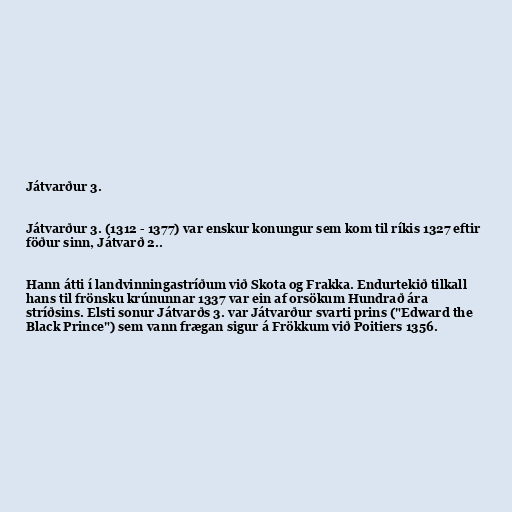
Játvarður 3.

Játvarður 3. (1312 - 1377) var enskur konungur sem kom til ríkis 1327 eftir
föður sinn, Játvarð 2..

Hann átti í landvinningastríðum við Skota og Frakka. Endurtekið tilkall
hans til frönsku krúnunnar 1337 var ein af orsökum Hundrað ára
stríðsins. Elsti sonur Játvarðs 3. var Játvarður svarti prins ("Edward the
Black Prince") sem vann frægan sigur á Frökkum við Poitiers 1356.